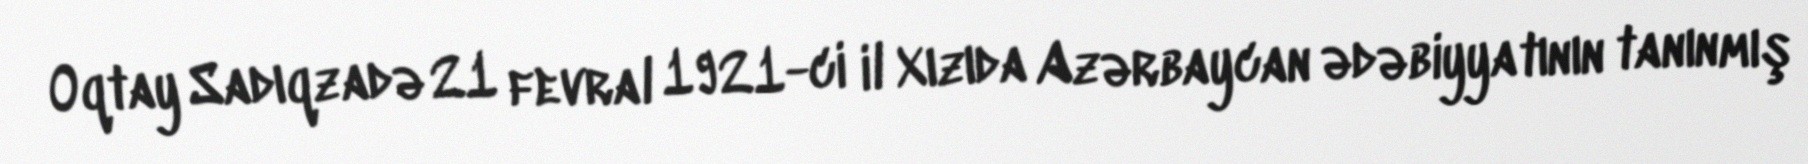
Oqtay Sadıqzadə 21 fevral 1921-ci il Xızıda Azərbaycan ədəbiyyatının tanınmış